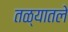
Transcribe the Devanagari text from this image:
तळ्यातले